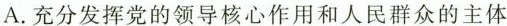
A.充分发挥党的领导核心作用和人民群众的主体